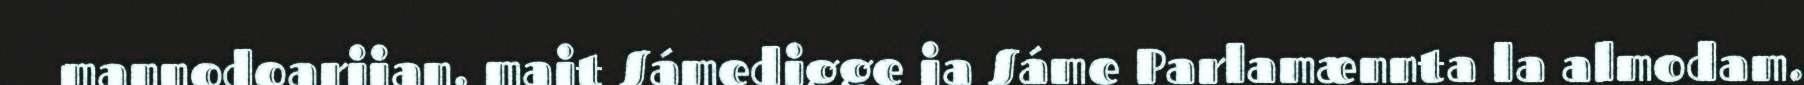
mannodoarjjan, majt Sámedigge ja Sáme Parlamænnta la almodam.